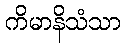
ကိမာနိသံသာ